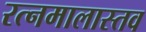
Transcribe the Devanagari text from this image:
रत्नमालास्तव